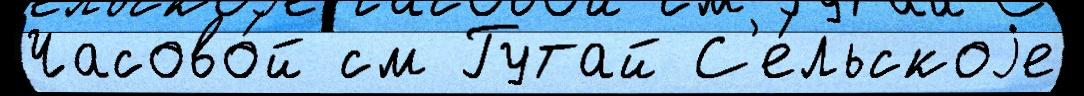
Часово́й см Гутай С'е́льскоjе